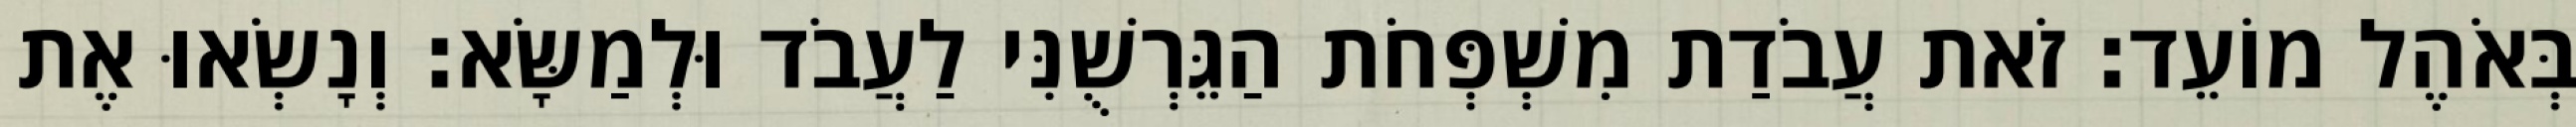
בְּאֹהֶל מוֹעֵד׃ זֹאת עֲבֹדַת מִשְׁפְּחֹת הַגֵּרְשֻׁנִּי לַעֲבֹד וּלְמַשָּׂא׃ וְנָשְׂאוּ אֶת